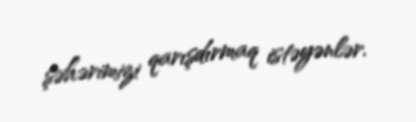
şəhərimizi qarışdırmaq istəyənlər.